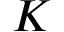
K